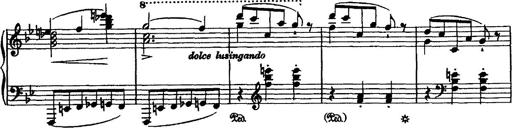
Title: Grande valse di bravura
Composer: Franz Liszt